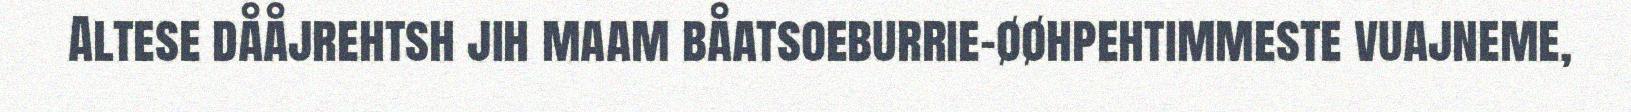
Altese dååjrehtsh jih maam båatsoeburrie-øøhpehtimmeste vuajneme,